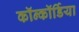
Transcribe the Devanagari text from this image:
कॉन्कॉर्डिया